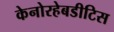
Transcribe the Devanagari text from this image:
केनोरहेबडीटिस